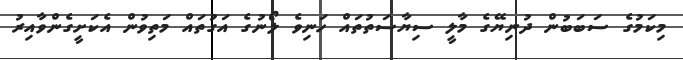
މިކަމުގެ ސަބަބުން ދުނިޔޭގެ މާލީ ސިޔާސަތުތައް ހަނިވެ ލޯނުގެ އަގުތައް މަތިވުން އެކަށީގެންވާއިރު